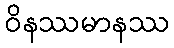
ဝိနဿမာနဿ